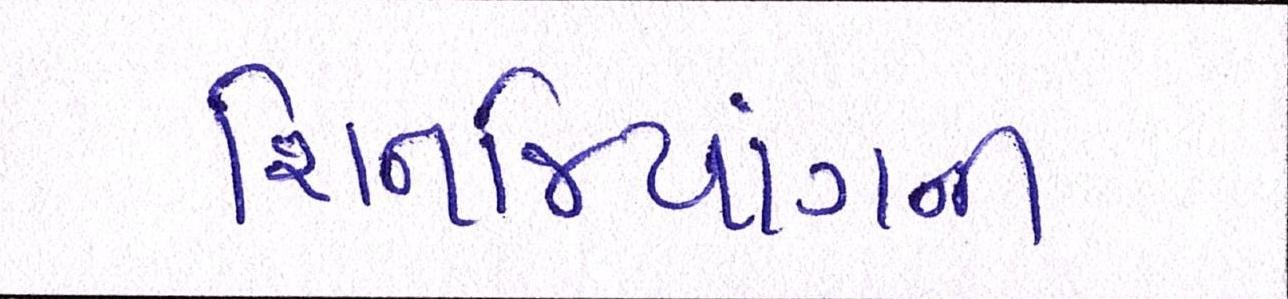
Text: શિનજિયાંગની